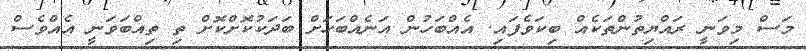
މަސް މިވަނީ ރައްޔިތުންތަކެއް ބިކަވެފައި. އެެއްބަހުން އަނެއްބަހަށް ބަދަކުކޮށްކޮށް ތި ތިއްބަވަނީ އެއްވެސް